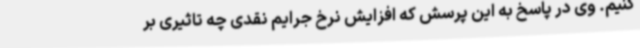
کنیم. وی در پاسخ به این پرسش که افزایش نرخ جرایم نقدی چه تاثیری بر